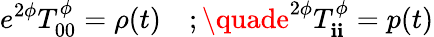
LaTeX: e^{2\phi}T_{00}^{\phi}=\rho(t)\quad;\quade^{2\phi}T_{\mathbf{i}\mathbf{i}}^{\phi}=p(t)